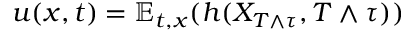
u ( x , t ) = \mathbb { E } _ { t , x } ( h ( X _ { T \wedge \tau } , T \wedge \tau ) )